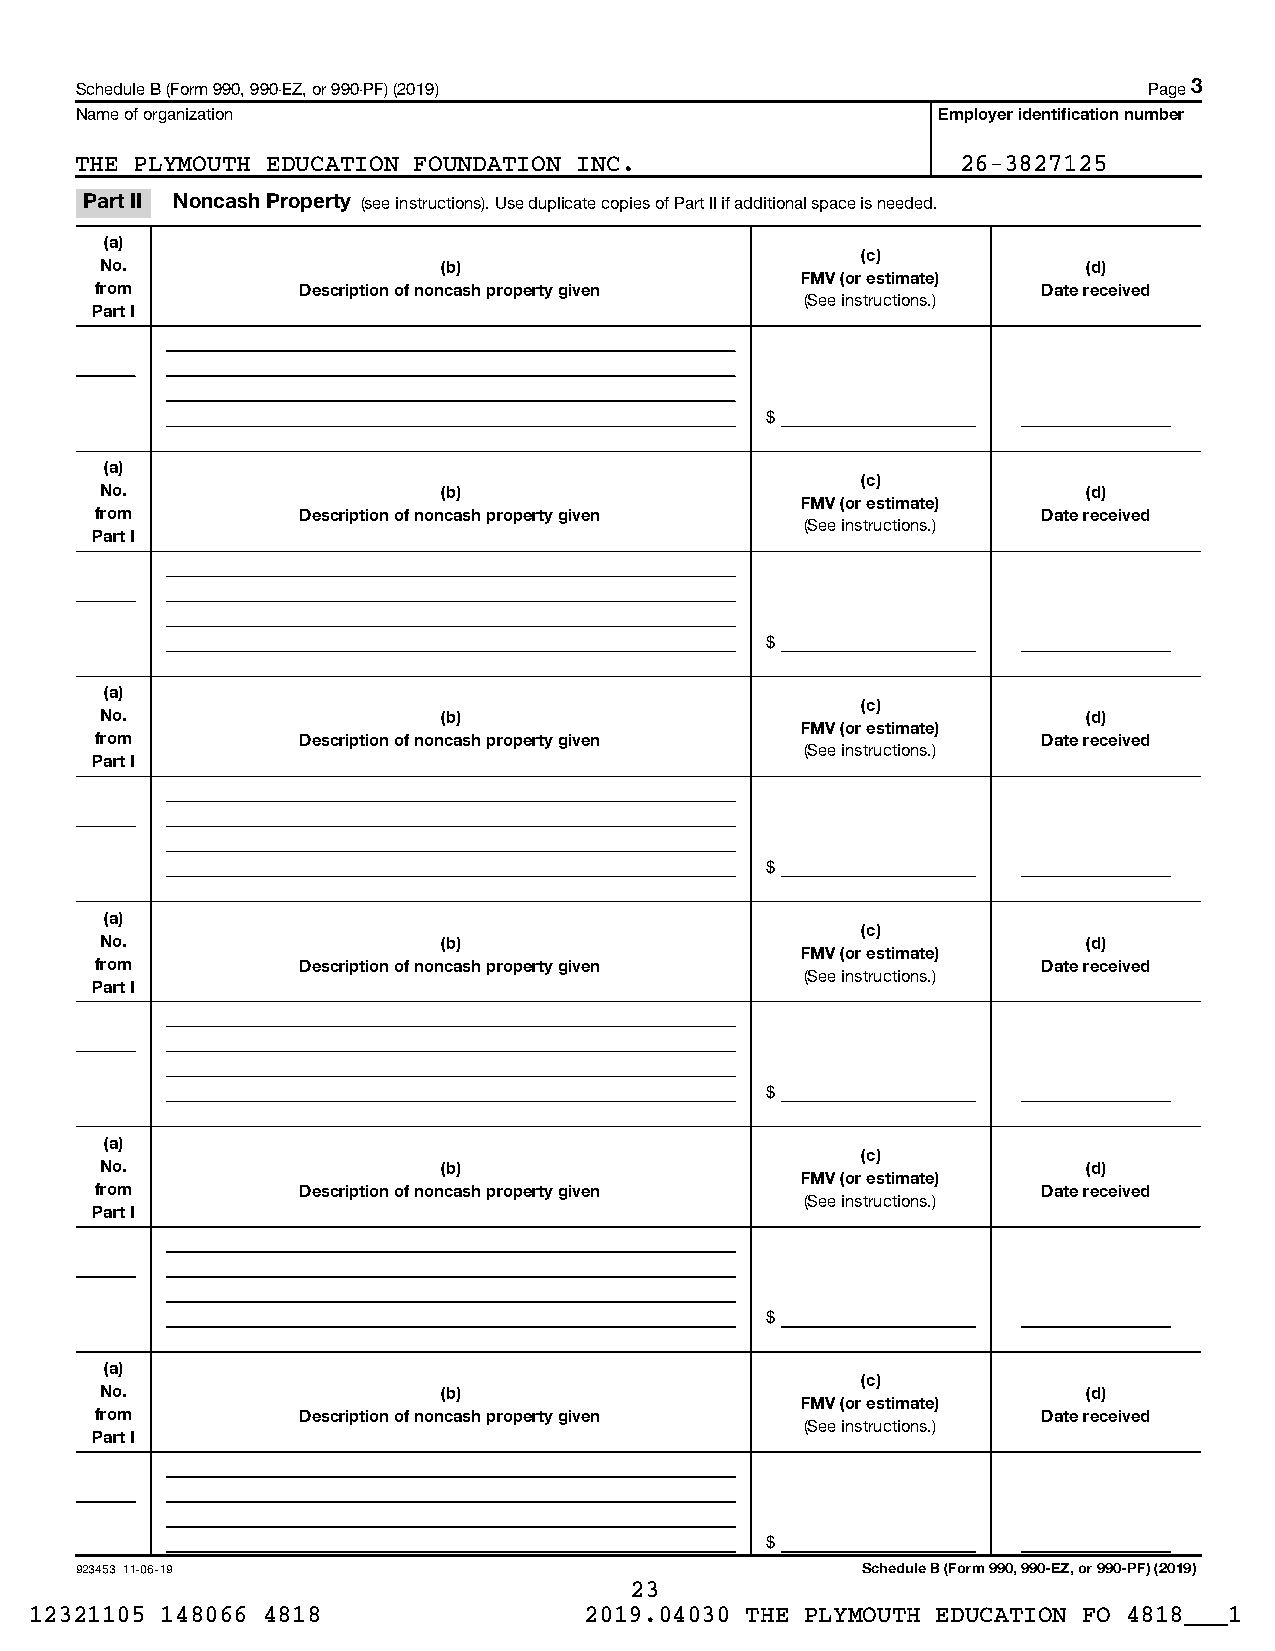
Schedule B (Form 990, 990-EZ, or 990-PF) (2019)                        Page 3
 Name of organization                                     Employer identification number
 THE PLYMOUTH EDUCATION FOUNDATION INC.                     26-3827125
 Part II Noncash Property (see instructions). Use duplicate copies of Part II if additional space is needed.
 (a)
 (c)
 No.                   (b)                                        (d)
 FMV (or estimate)
 from          Description of noncash property given            Date received
 (See instructions.)
 Part I
 $
 (a)
 (c)
 No.                   (b)                                        (d)
 FMV (or estimate)
 from          Description of noncash property given            Date received
 (See instructions.)
 Part I
 $
 (a)
 (c)
 No.                   (b)                                        (d)
 FMV (or estimate)
 from          Description of noncash property given            Date received
 (See instructions.)
 Part I
 $
 (a)
 (c)
 No.                   (b)                                        (d)
 FMV (or estimate)
 from          Description of noncash property given            Date received
 (See instructions.)
 Part I
 $
 (a)
 (c)
 No.                   (b)                                        (d)
 FMV (or estimate)
 from          Description of noncash property given            Date received
 (See instructions.)
 Part I
 $
 (a)
 (c)
 No.                   (b)                                        (d)
 FMV (or estimate)
 from          Description of noncash property given            Date received
 (See instructions.)
 Part I
 $
 923453 11-06-19                                     Schedule B (Form 990, 990-EZ, or 990-PF) (2019)
 23
 12321105 148066 4818                 2019.04030 THE PLYMOUTH EDUCATION FO 4818___1